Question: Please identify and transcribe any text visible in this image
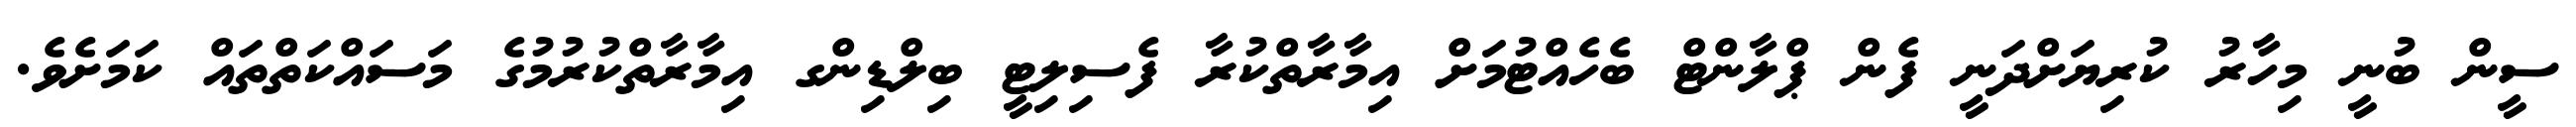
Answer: ސީން ބުނީ މިހާރު ކުރިޔަށްދަނީ ފެން ޕްލާންޓް ބެހެއްޓުމަށް އިމާރާތްކުރާ ފެސިލިޓީ ބިލްޑިންގ އިމާރާތްކުރުމުގެ މަސައްކަތްތައް ކަމަށެވެ.